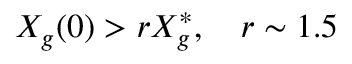
X _ { g } ( 0 ) > r X _ { g } ^ { * } , ~ ~ ~ r \sim 1 . 5